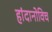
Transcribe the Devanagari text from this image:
हांदानोविच